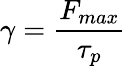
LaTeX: \gamma={\frac{F_{max}}{\tau_{p}}}